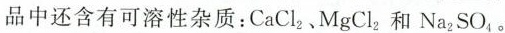
品中还含有可溶性杂质：CaCl_{2}、MgCl_{2}和Na_{2}SO_{4}。